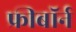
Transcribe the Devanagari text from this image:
फ्रीबॉर्न